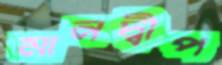
মানদ্বীপ